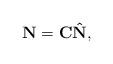
LaTeX: \begin{align*}{\bf N}={\bf C}{\bf \hat N}, \end{align*}